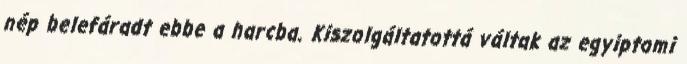
nép belefáradt ebbe a harcba. Kiszolgáltatottá váltak az egyiptomi